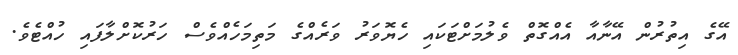
އޭގެ އިތުރުން އޭނާއާ އެއްގޮތް ވެލުމަށްޓަކައި ހެޔޮވަރު ވަރެއްގެ މަތިމަހެއްވެސް ހަރުކޮށްލާފައި ހުއްޓެވެ.